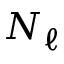
N _ { \ell }